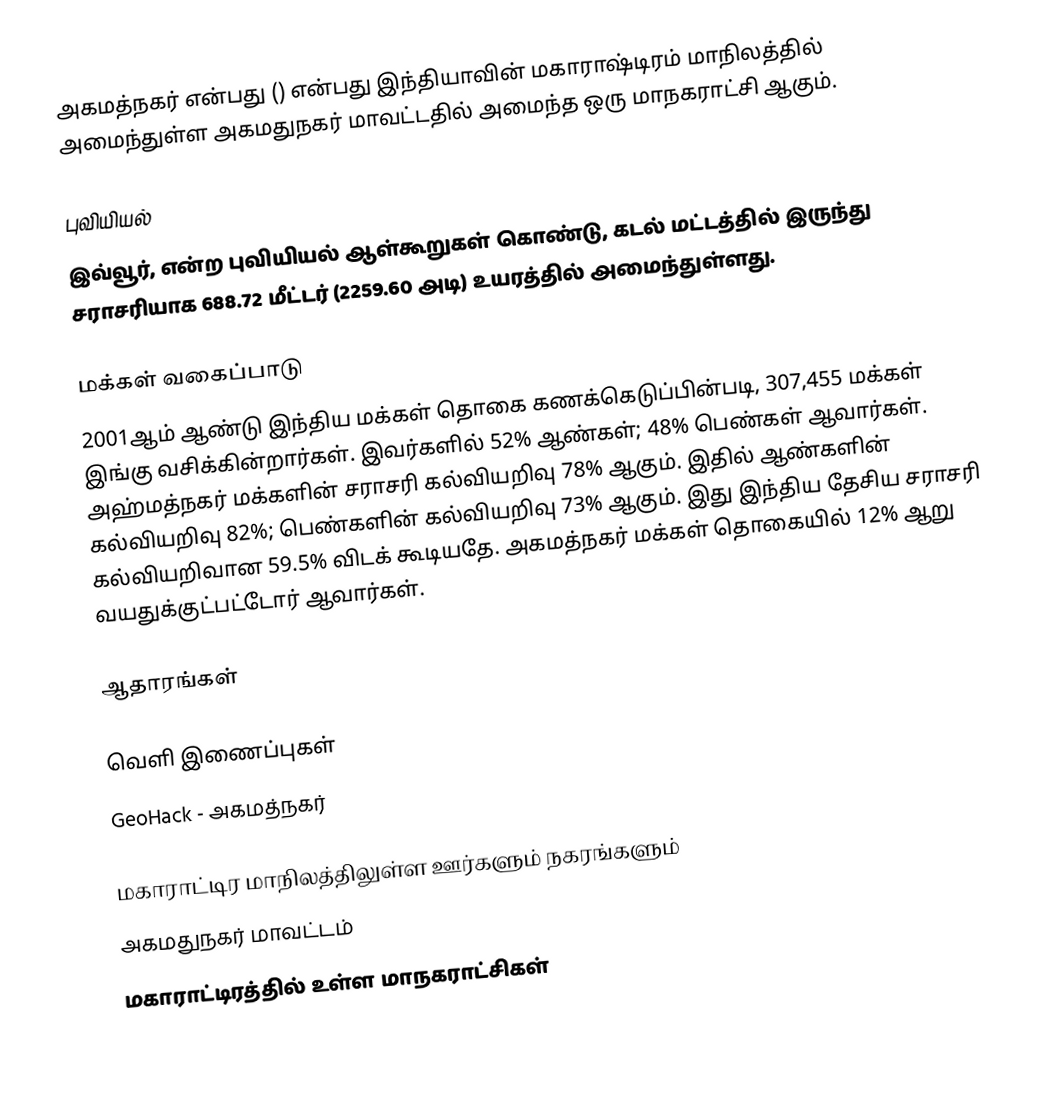
அகமத்நகர் என்பது () என்பது இந்தியாவின் மகாராஷ்டிரம் மாநிலத்தில் அமைந்துள்ள அகமதுநகர் மாவட்டதில் அமைந்த ஒரு மாநகராட்சி ஆகும்.

புவியியல்
இவ்வூர்,  என்ற புவியியல் ஆள்கூறுகள் கொண்டு, கடல் மட்டத்தில் இருந்து சராசரியாக 688.72 மீட்டர் (2259.60 அடி) உயரத்தில் அமைந்துள்ளது.

மக்கள் வகைப்பாடு
2001ஆம் ஆண்டு இந்திய மக்கள் தொகை கணக்கெடுப்பின்படி, 307,455 மக்கள் இங்கு வசிக்கின்றார்கள். இவர்களில் 52% ஆண்கள்; 48% பெண்கள் ஆவார்கள். அஹ்மத்நகர் மக்களின் சராசரி கல்வியறிவு 78% ஆகும். இதில் ஆண்களின் கல்வியறிவு 82%; பெண்களின் கல்வியறிவு 73% ஆகும். இது இந்திய தேசிய சராசரி கல்வியறிவான 59.5% விடக் கூடியதே. அகமத்நகர் மக்கள் தொகையில் 12%  ஆறு வயதுக்குட்பட்டோர் ஆவார்கள்.

ஆதாரங்கள்

வெளி இணைப்புகள்
 GeoHack - அகமத்நகர்

மகாராட்டிர மாநிலத்திலுள்ள ஊர்களும் நகரங்களும்
அகமதுநகர் மாவட்டம்
மகாராட்டிரத்தில் உள்ள மாநகராட்சிகள்